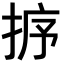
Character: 𢭸